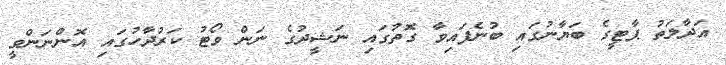
އަދާލަތު ޕާޓީގެ ބަޔާނުގައި ބުނެފައިވާ ގޮތުގައި ނަޝީދުގެ ނަން ވޯޓު ކަރުދާހުގައި އޮންނަންވީ